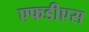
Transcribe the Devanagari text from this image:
एफडीएस